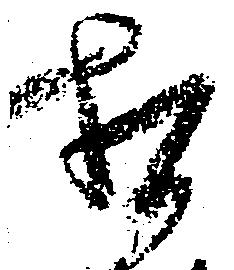
相